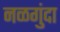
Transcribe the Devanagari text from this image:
नळगुंदा